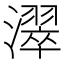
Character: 濢